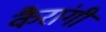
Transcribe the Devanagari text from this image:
कैरांगी